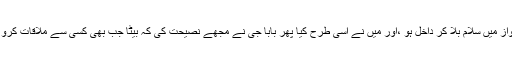
تو انھوں نے کہا دوبارہ کمرہ سے باہر جاؤ پھر اونچی آواز میں سلام بلا کر داخل ہو ،اور میں نے اسی طرح کیا پھر بابا جی نے مجھے نصیحت کی کہ بیٹا جب بھی کسی سے ملاقات کرو تو سب سے پہلے السلام علیکم ورحمۃ اللہ وبرکاتہ کہو ۔